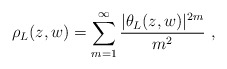
\begin{align*} \rho_L(z,w)=\sum_{m=1}^\infty\frac{|\theta_L(z,w)|^{2m}}{m^2}\ , \end{align*}